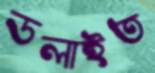
ডলাইত